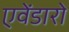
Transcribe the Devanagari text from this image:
एवेंडारो